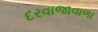
દરવાજાવાળા